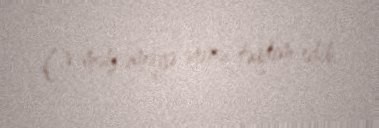
O, məhkəməyə ərizə təqdim edib.